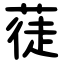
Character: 蓗